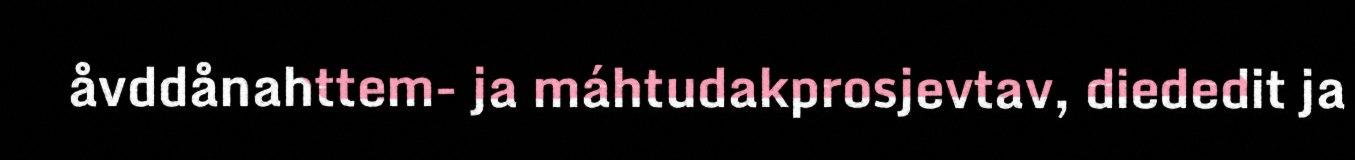
åvddånahttem- ja máhtudakprosjevtav, diededit ja